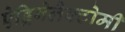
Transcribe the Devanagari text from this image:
ऐड्रिनेलैक्टोमी